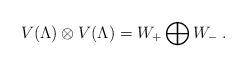
LaTeX: \begin{align*}V(\Lambda)\otimes V(\Lambda)=W_+\bigoplus W_-\;.\end{align*}